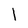
Character: l